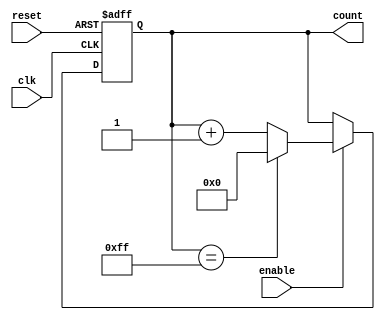
module Parameterized_Counter #(
    parameter WIDTH = 8,            // Bit-width of the counter
    parameter STEP_SIZE = 1         // Step size for counting
)(
    input wire clk,                 // Clock signal
    input wire reset,               // Asynchronous reset signal
    input wire enable,              // Enable signal
    output reg [WIDTH-1:0] count    // Counter output
);

    // Maximum count value based on WIDTH
    localparam MAX_COUNT = (1 << WIDTH) - 1;

    // Always block triggered on the rising edge of the clock
    always @(posedge clk or posedge reset) begin
        if (reset) begin
            // Asynchronous reset: set count to 0
            count <= 0;
        end else if (enable) begin
            // Increment the count if enabled
            if (count == MAX_COUNT) begin
                count <= 0;  // Wrap around if maximum is reached
            end else begin
                count <= count + STEP_SIZE; // Increment by STEP_SIZE
            end
        end
        // If enable is low, do nothing (retain current value)
    end

endmodule